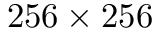
2 5 6 \times 2 5 6